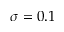
\sigma = 0 . 1